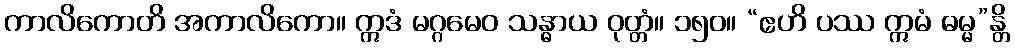
ကာလိကောတိ အကာလိကော။ ဣဒံ မဂ္ဂမေဝ သန္ဓာယ ဝုတ္တံ။ ၁၅၀။ “ဧဟိ ပဿ ဣမံ ဓမ္မ”န္တိ